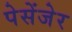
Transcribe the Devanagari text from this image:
पेसेंजेर